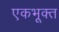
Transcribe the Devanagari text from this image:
एकभूक्त